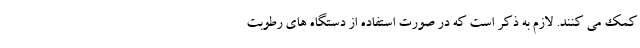
کمک می کنند. لازم به ذکر است که در صورت استفاده از دستگاه های رطوبت